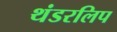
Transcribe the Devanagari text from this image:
थंडरलिप